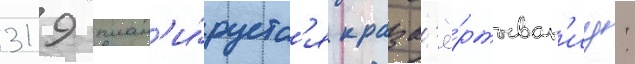
319 план'и́руетс'я к разв'ё́ртыван'иу: